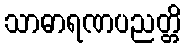
သာဓာရဏပညတ္တိ